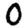
Digit: 0